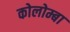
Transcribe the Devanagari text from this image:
कोलोम्बा